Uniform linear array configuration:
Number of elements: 64
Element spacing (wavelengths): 1
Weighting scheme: hann
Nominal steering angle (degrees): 0
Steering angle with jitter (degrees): -0.7477
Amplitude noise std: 0.05
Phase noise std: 0.05

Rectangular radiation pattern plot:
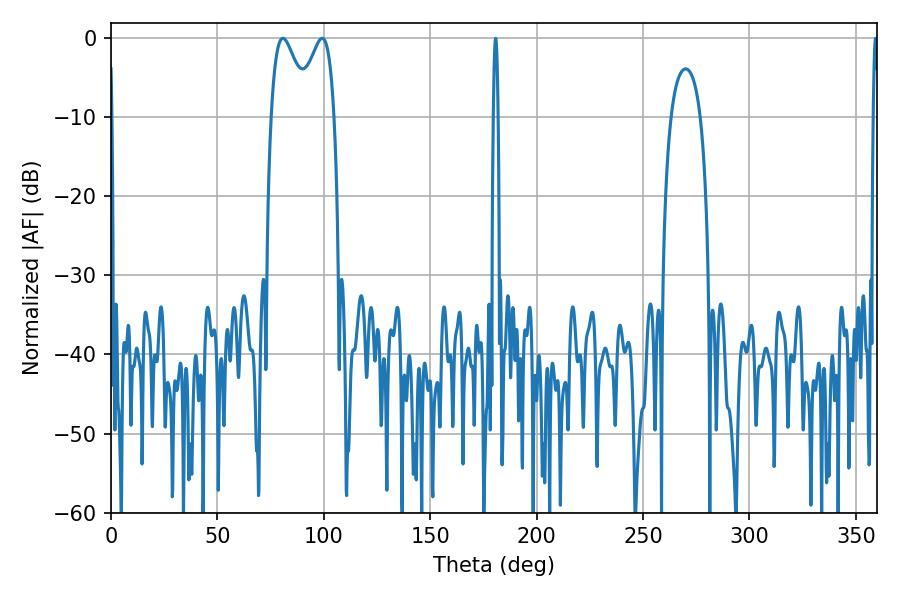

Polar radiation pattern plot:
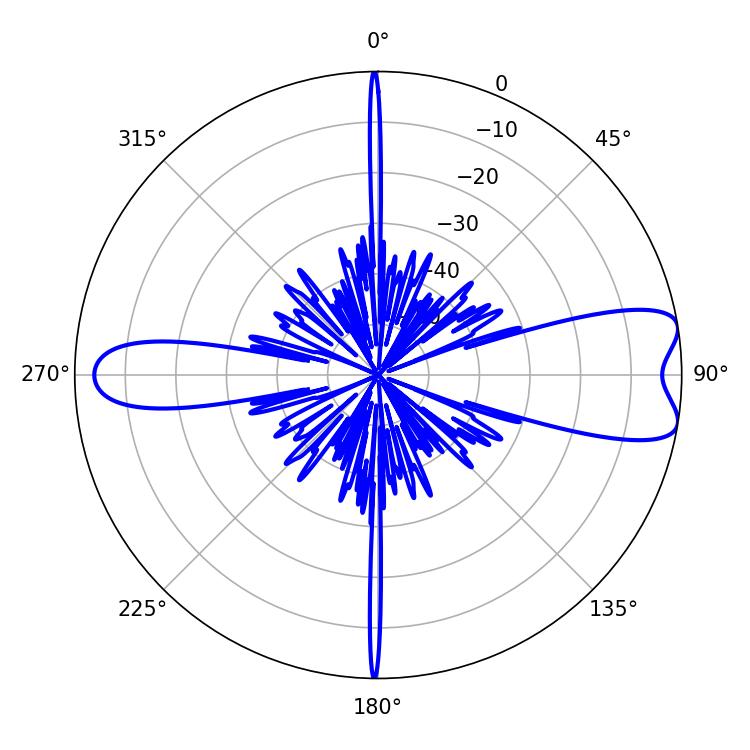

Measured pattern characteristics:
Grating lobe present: TRUE
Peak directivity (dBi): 8.931
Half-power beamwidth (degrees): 9.36
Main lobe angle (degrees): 80.82